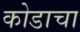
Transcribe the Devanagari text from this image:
कोडाचा